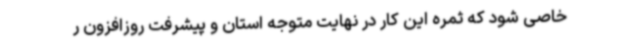
خاصی شود که ثمره این کار در نهایت متوجه استان و پیشرفت روزافزون ر